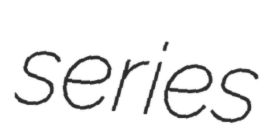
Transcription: series